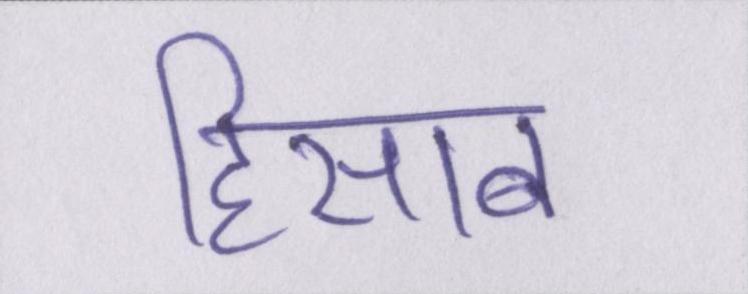
हिसाब